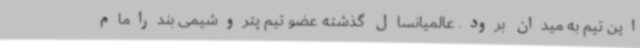
این تیم به میدان برود. عالمیانسال گذشته عضو تیم پتروشیمی بندرامام